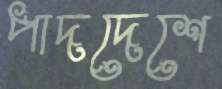
পাদদেশে